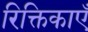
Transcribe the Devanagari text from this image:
रिक्तिकाएँ